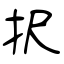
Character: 択